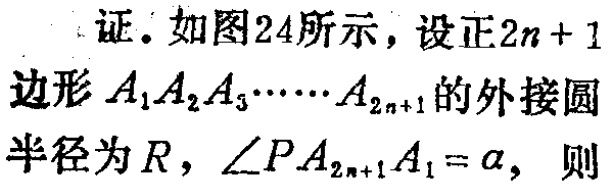
证. 如图24所示，设正\(2n + 1\)边形\(A_1A_2A_3\cdots A_{2n + 1}\)的外接圆半径为\(R\)，\(\angle PA_{2n+1}A_1 = \alpha\)，则